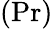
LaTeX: (\mathrm{Pr})